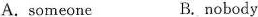
A. someone B. nobody